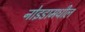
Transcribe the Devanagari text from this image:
नोइडामधील